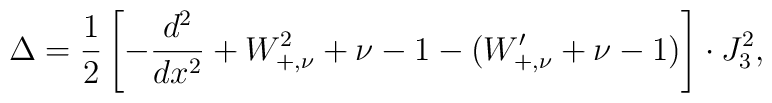
\Delta=\frac{1}{2}\left[-\frac{d^2}{dx^2}+W_{+,\nu}^2+\nu-1-(W'_{+,\nu}+\nu-1)\right]\cdot J_3^2,